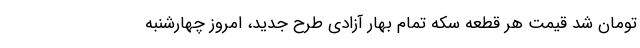
تومان شد قیمت هر قطعه سکه تمام بهار آزادی طرح جدید، امروز چهارشنبه